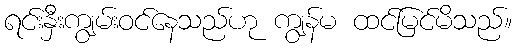
ရင်းနှီးကျွမ်းဝင်နေသည်ဟု ကျွန်မ ထင်မြင်မိသည်။